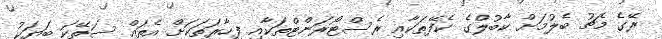
ރޭގެ މެޗު ބެލުމަށް ކާބުލްގެ ކެފޭތަކާއި ރެސްޓޯރަންޓްތަކާއި ފިހާރަތަކަށް އެތައް ސަތޭކަ ބަޔަކު